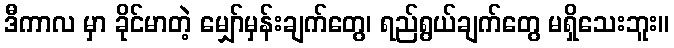
ဒီကာလ မှာ ခိုင်မာတဲ့ မျှော်မှန်းချက်တွေ၊ ရည်ရွယ်ချက်တွေ မရှိသေးဘူး။